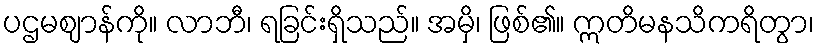
ပဌမဈာန်ကို။ လာဘီ၊ ရခြင်းရှိသည်။ အမှိ၊ ဖြစ်၏။ ဣတိမနသိကရိတွာ၊